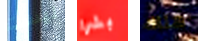
ليست بشرا هناك